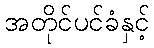
အတိုင်ပင်ခံနှင့်